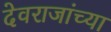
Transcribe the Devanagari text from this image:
देवराजांच्या